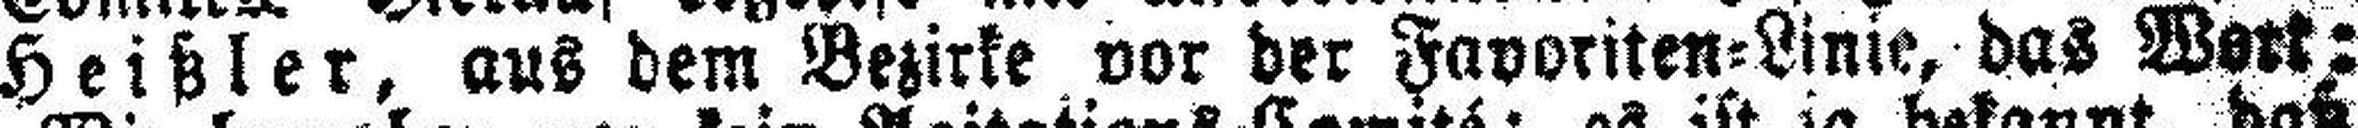
Heißler, aus dem Bezirke vor der Favoriten=Linie, das Wort: